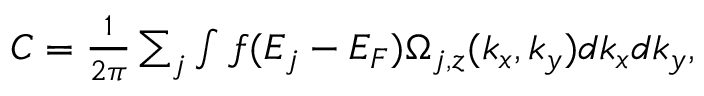
\begin{array} { r } { C = \frac { 1 } { 2 \pi } \sum _ { j } \int f ( E _ { j } - E _ { F } ) \Omega _ { j , z } ( k _ { x } , k _ { y } ) d k _ { x } d k _ { y } , } \end{array}